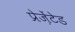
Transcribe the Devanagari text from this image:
प्रेज़ेंटेड